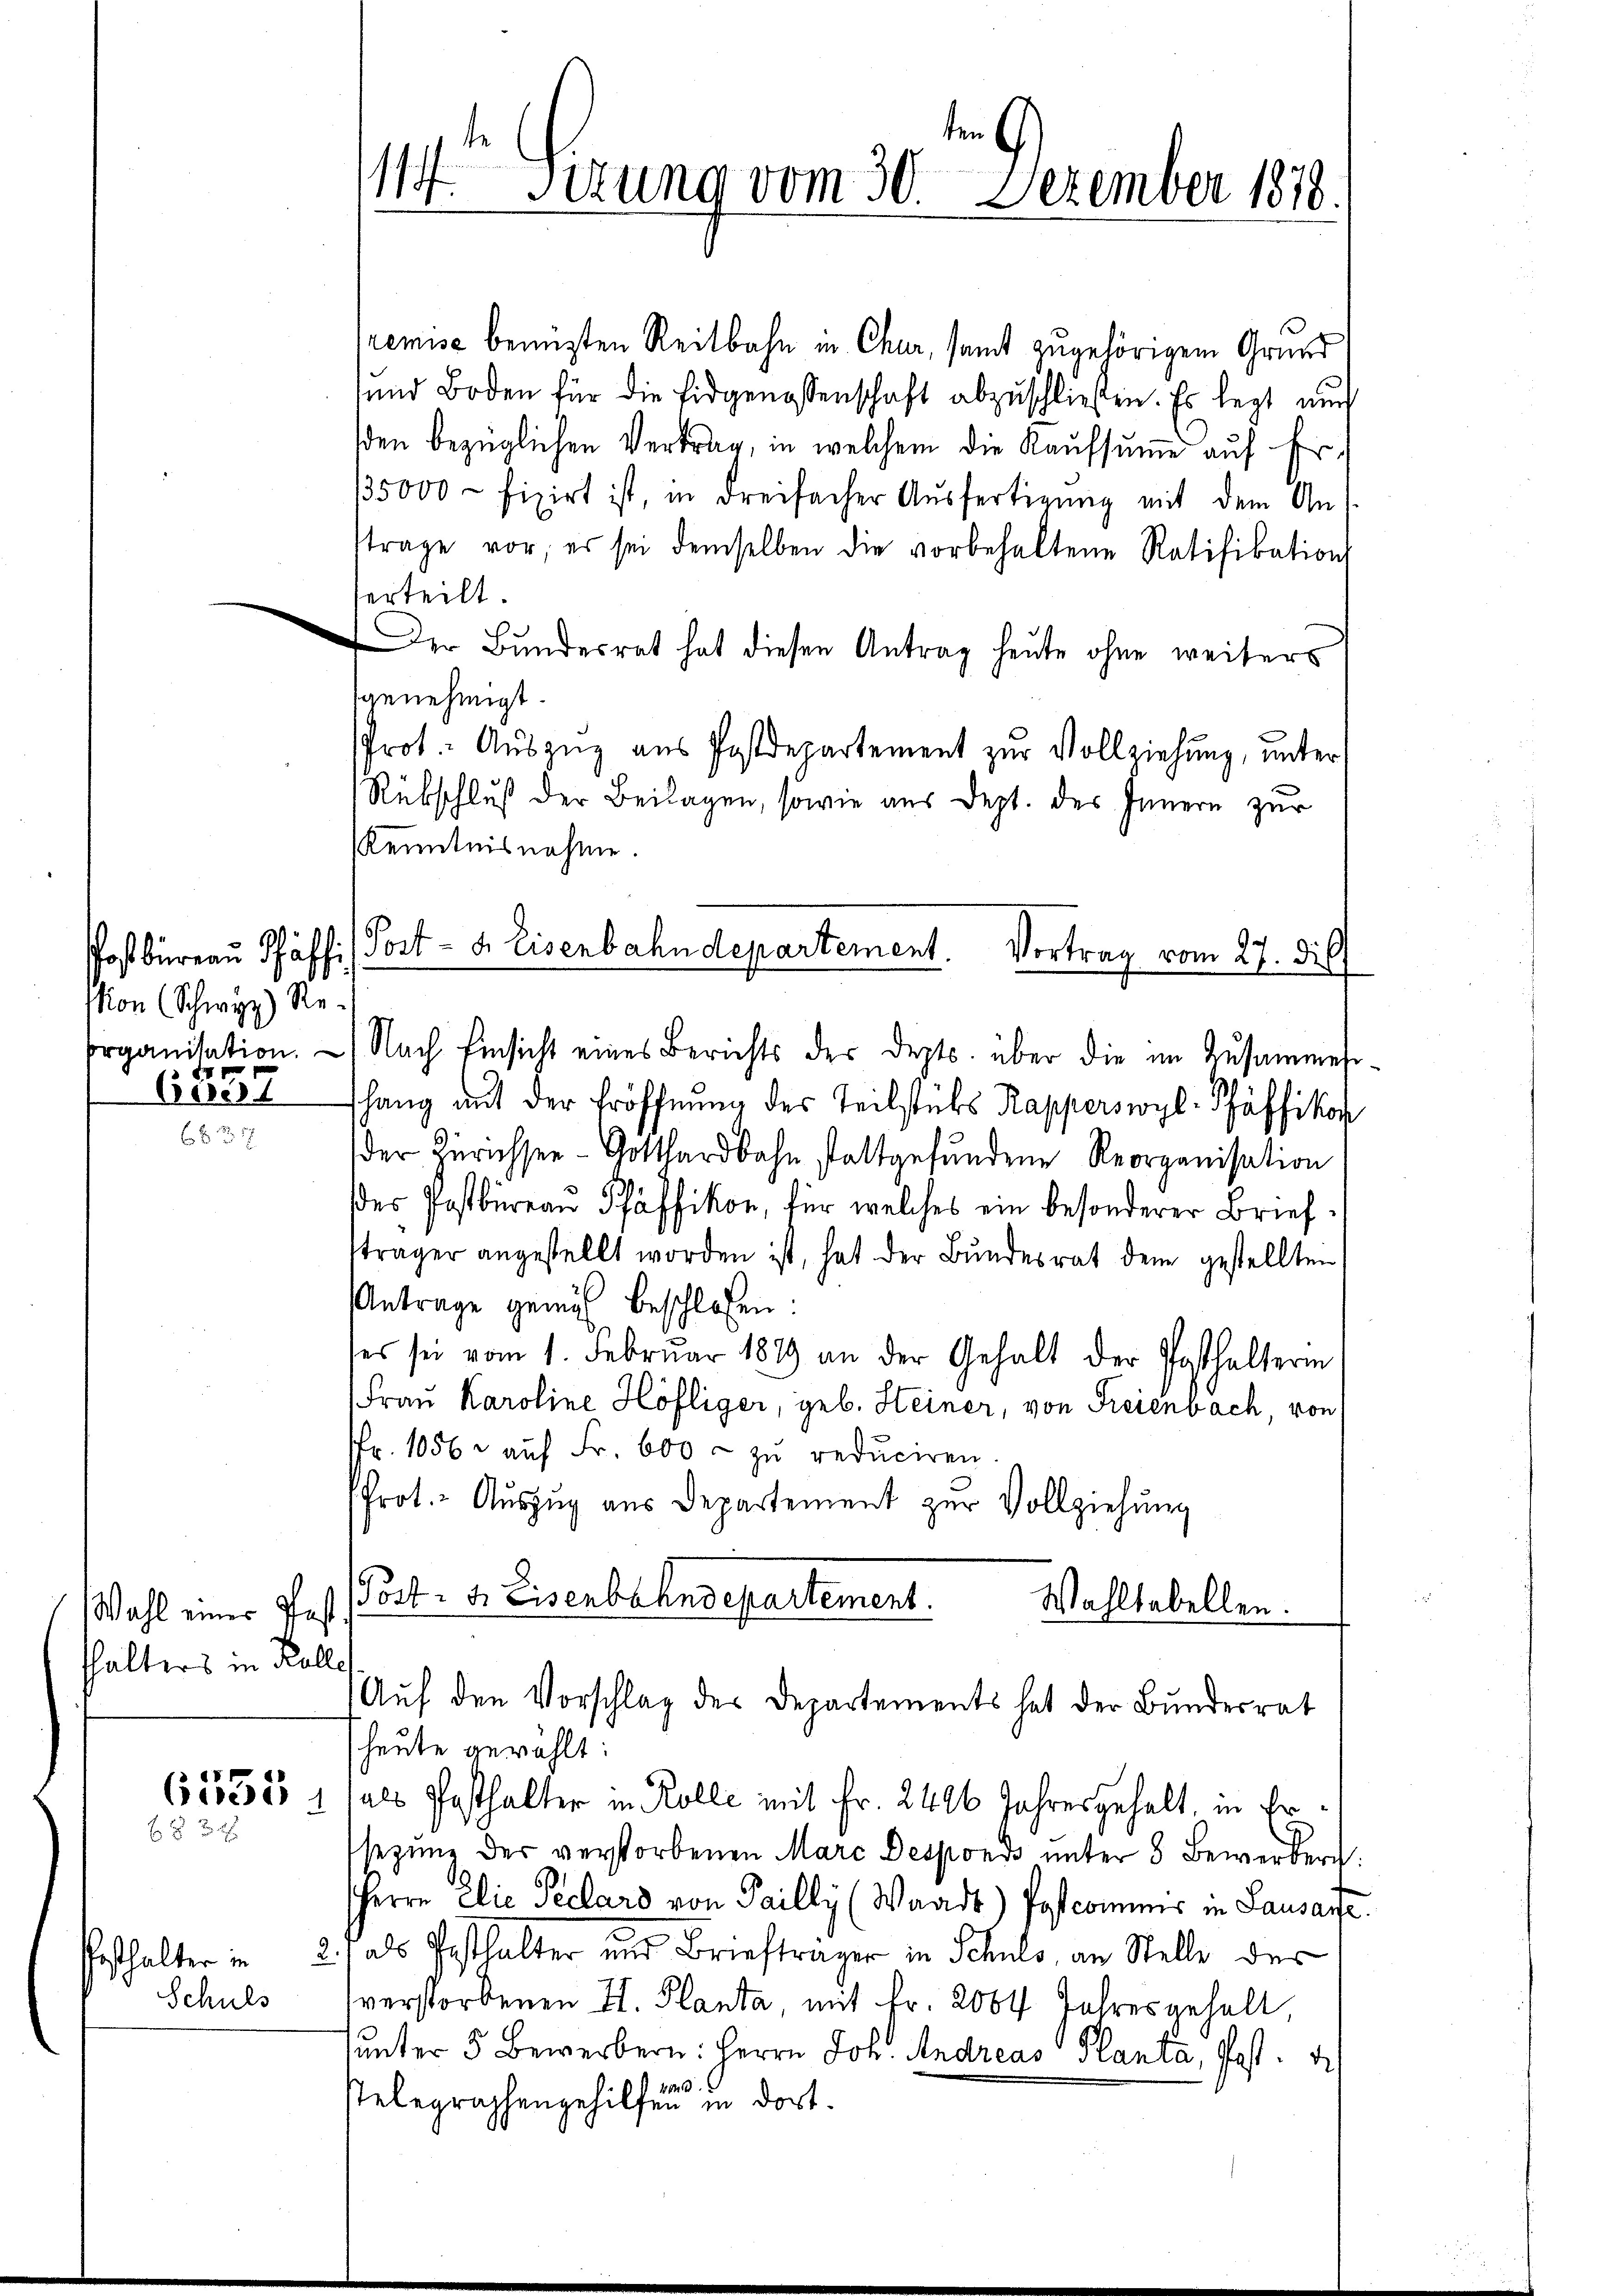
stion (Schwyz) Re¬
1

6057

Wahl einer Past
hhalters in Kolle

88
 2 x

Schuls

remise benützten Reitbahn in Chur, samt zugehörigem Grund
ŭnd Boden für die Eidgenossenschaft abzŭschließen. Es legt auch
den bezüglichen Vertrag, in welchem die Kaŭfsŭṁe aŭf Fr.
35000 – fizirt ist, in dreifacher Aŭsfertigŭng mit dem An-
trage vor, es sei demselben die vorbehaltene Ratifikations
erteilt.
Der Bundesrat hat diesen Antrag heute ohne weiters
genehmigt.
Prot. Aŭszŭg aŭs Postdepartement zŭr Vollziehung, unter
Rübschluß der Beilagen, sowie aus Dept. des Innern zur
Kenntnisnahme.
organisation. — Nach Einsicht eines Berichts der Dept. über die im Zusammes-
shang auf der Eröffnung des Teilstüks Kapperswyl- Pfäffikon
der Zürichsen - Gotthardbahn stattgefundene Reorganisation
des Postbureau Pfäffikon, für welches ein besonderer Brief
sträger angestellt worden ist, hat der Bŭndesrat dem gestellten
Antrage gemäß beschlossen:
ses sei vom 1. Februar 1879 an der Gehalt der Posthalterin
Frau Karoline Höfliger, geb. Heiner, von Freienbach, von
fr. 1056. aŭf Fr. 600 - zu reduciren.
Prot.- Auszug aus Departement zur Vollziehung
Post. d. Eisenbahndepartement.
Wahltabellen.

ten
i
114. Sitzung vom 30. Dezember 1878.

heute gewählt:
6500085 1 als Posthalter in Kolle mit Fr. 2426 Jahresgehalt, in Er
sezung der verstorbenen Marc Desponds unter 8 Bewerberg:
HHerrn Elie Pechard von Failly (Waadt) Postcommer in Lausare.
Pesthalter in 2) als Pesthalter und Briefträger in Schuls, an Stelle der
verstorbenen I. Planta mit Fr. 2064 Jahres gehalt,
unter 5 Bewerbern: Herrn Joh. Andreas Planta, Post.
18171
stelegraphengehilfen in dort.

Postbüreau Schäff:/ Post- u. Eisenbahndepartement. Vortrag vom 27. die

Auf den Vorschlag des Departements hat der Bundesrat